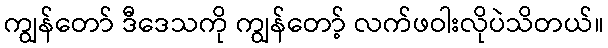
ကျွန်တော် ဒီဒေသကို ကျွန်တော့် လက်ဖဝါးလိုပဲသိတယ်။